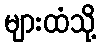
များထံသို့